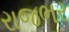
રાજભર